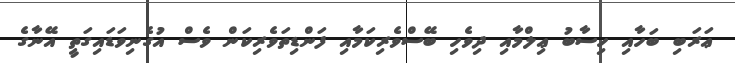
ޢަރަބި ބަހާއި ހިސާބު ޢިލްމާއި ދިވެހި ބޭސްވެރިކަމާއި ފަންޑިތަވެރިކަން ވެސް އުގެނިވަޑައިގަތީ އޭނާގެ